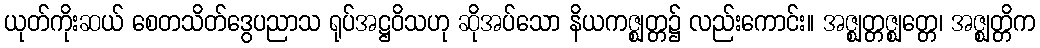
ယုတ်ကိုးဆယ် စေတသိတ်ဒွေပညာသ ရုပ်အဋ္ဌဝိသဟု ဆိုအပ်သော နိယကဇ္ဈတ္တ၌ လည်းကောင်း။ အဇ္ဈတ္တဇ္ဈတ္တေ၊ အဇ္ဈတ္တိက